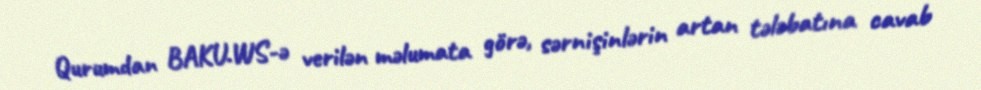
Qurumdan BAKU.WS-ə verilən məlumata görə, sərnişinlərin artan tələbatına cavab